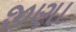
જીણા